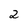
Character: 2